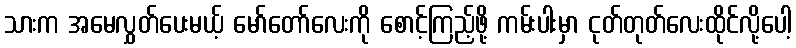
သားက အမေလွှတ်ပေးမယ့် မော်တော်လေးကို စောင့်ကြည့်ဖို့ ကမ်းပါးမှာ ငုတ်တုတ်လေးထိုင်လို့ပေါ့